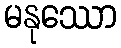
မနုဿော